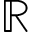
\mathbb R